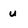
Character: u